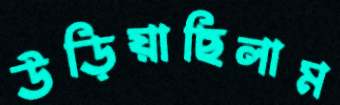
উড়িয়াছিলাম